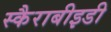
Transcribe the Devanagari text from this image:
स्कैराबीइडी